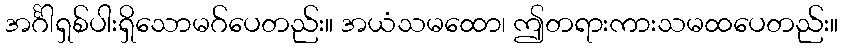
အင်္ဂါရှစ်ပါးရှိသောမဂ်ပေတည်း။ အယံသမထော၊ ဤတရားကားသမထပေတည်း။